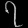
Digit: ၇